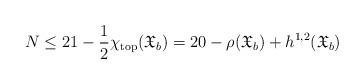
LaTeX: \begin{align*}N\le 21-\frac 12 \chi_{\operatorname{top}}(\mathfrak{X}_b) = 20-\rho(\mathfrak{X}_b) + h^{1,2}(\mathfrak{X}_b)\end{align*}